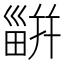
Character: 𤳊